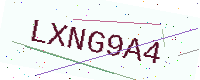
Text: LXNG9A4